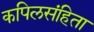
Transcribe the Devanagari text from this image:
कपिलसंहिता